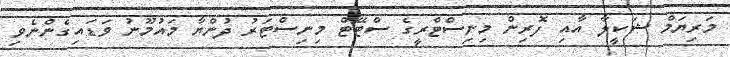
މަރިޔަމް ޝަކީލާ އާއި ފޮރިން މިނިސްޓްރީގެ ސްޓޭޓް މިނިސްޓަރު ދުންޔާ މައުމޫނު ވަޑައިގެންނެވި